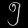
Digit: ၅